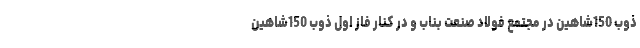
ذوب 150شاهین در مجتمع فولاد صنعت بناب و در کنار فاز اول ذوب 150شاهین